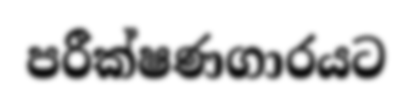
පරීක්ෂණගාරයට